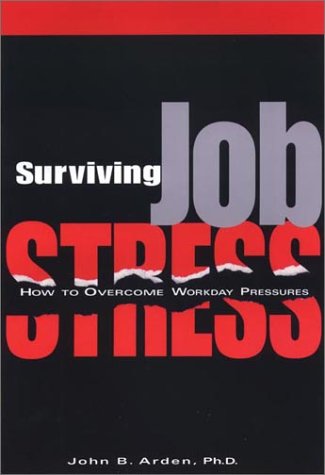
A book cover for Surviving Job Stress: How to Overcome Workday Pressures; John Boghosian Arden; Business & Money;